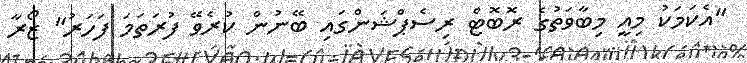
"އެކަމަކު މިއީ މިބާވަތުގެ ރޮބޮޓް ރިސެޕްޝަންގައި ބޭނުން ކުރެވޭ ފުރަތަމަ ފަހަރު" ޒޯރާ